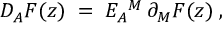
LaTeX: D _ { A } F ( z ) \; = \; E _ { A } { } ^ { M } \, \partial _ { M } F ( z ) \; ,